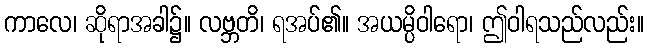
ကာလေ၊ ဆိုရာအခါ၌။ လဗ္ဘတိ၊ ရအပ်၏။ အယမ္ပိဝါရော၊ ဤဝါရသည်လည်း။